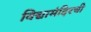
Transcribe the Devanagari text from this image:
विद्यामंदिरची